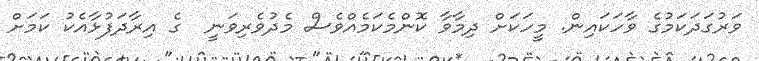
ވަރުގަދަކަމުގެ ވާހަކައިން. މީހަކަށް ދިމާވާ ކޮންމެކަމެއްވެސް މެދުވެރިވަނީ  ގެ އިރާދަފުޅާއެކު ކަމަށް